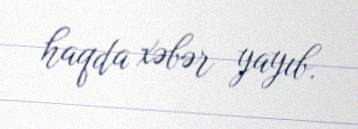
haqda xəbər yayıb.